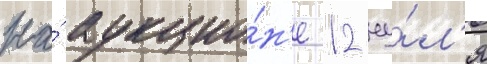
На́ аукцио́н'е 12 иу́л'я